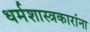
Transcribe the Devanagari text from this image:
धर्मशास्त्रकारांना